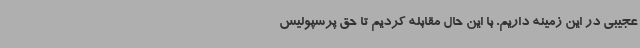
عجیبی در این زمینه داریم. با این حال مقابله کردیم تا حق پرسپولیس‌